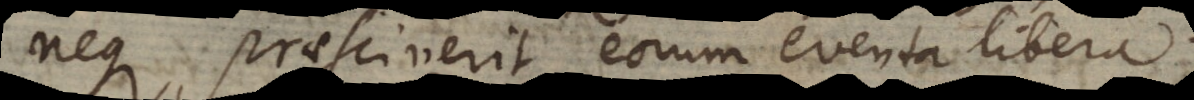
neque praesciverit eorum eventa libera.